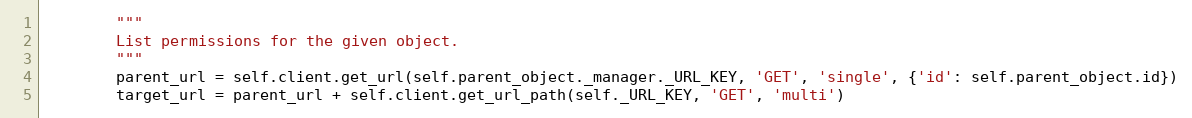
Language: Python
        """
        List permissions for the given object.
        """
        parent_url = self.client.get_url(self.parent_object._manager._URL_KEY, 'GET', 'single', {'id': self.parent_object.id})
        target_url = parent_url + self.client.get_url_path(self._URL_KEY, 'GET', 'multi')